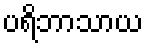
ပရိဘာသာယ